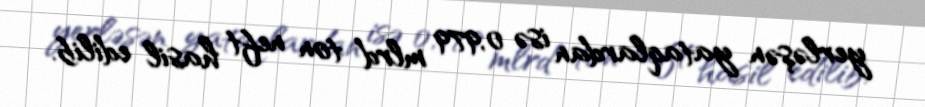
yerləşən yataqlardan isə 0,979 mlrd ton neft hasil edilib.